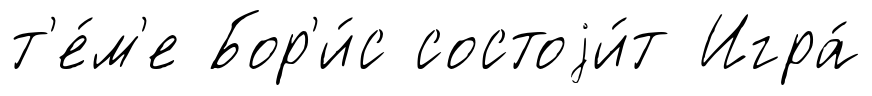
т'е́м'е Бор'и́с состоjи́т Игра́